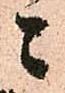
ニ